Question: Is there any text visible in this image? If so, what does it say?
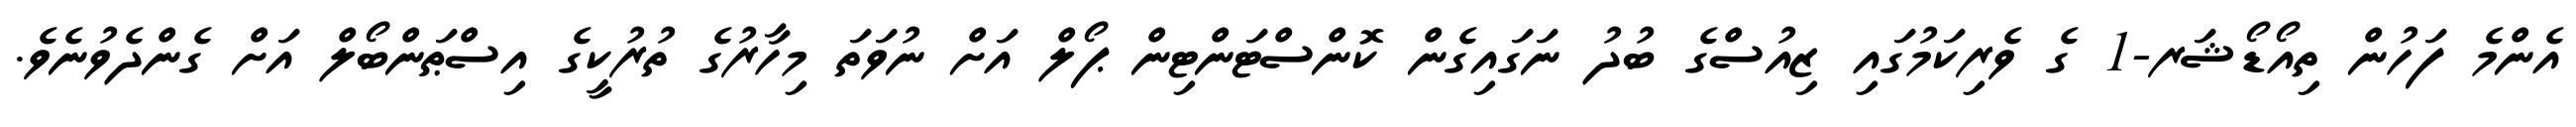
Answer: އެންމެ ފަހުން ތިއޯޑޯޝަރ-1 ގެ ވެރިކަމުގައި ޒިއުސްގެ ބުދު ނަގައިގެން ކޮންސްޓަންޓިން ޕޯލް އަށް ނުވަތަ މިހާރުގެ ތުރުކީގެ އިސްޠަންބޯލް އަށް ގެންދެވުނެވެ.